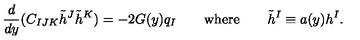
{ \frac { d } { d y } } ( C _ { I J K } \tilde { h } ^ { J } \tilde { h } ^ { K } ) = - 2 G ( y ) q _ { I } \qquad \mathrm { w h e r e } \qquad \tilde { h } ^ { I } \equiv a ( y ) h ^ { I } .